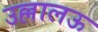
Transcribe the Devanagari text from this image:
उल्लालऊ